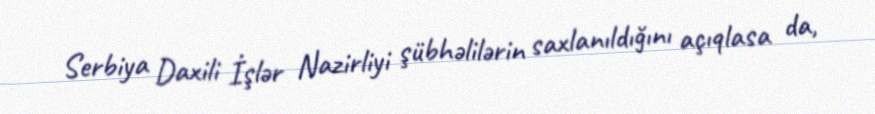
Serbiya Daxili İşlər Nazirliyi şübhəlilərin saxlanıldığını açıqlasa da,